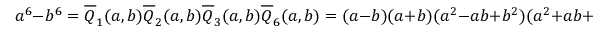
a ^ { 6 } - b ^ { 6 } = { \overline { { Q } } } _ { 1 } ( a , b ) { \overline { { Q } } } _ { 2 } ( a , b ) { \overline { { Q } } } _ { 3 } ( a , b ) { \overline { { Q } } } _ { 6 } ( a , b ) = ( a - b ) ( a + b ) ( a ^ { 2 } - a b + b ^ { 2 } ) ( a ^ { 2 } + a b + b ^ { 2 } ) ,